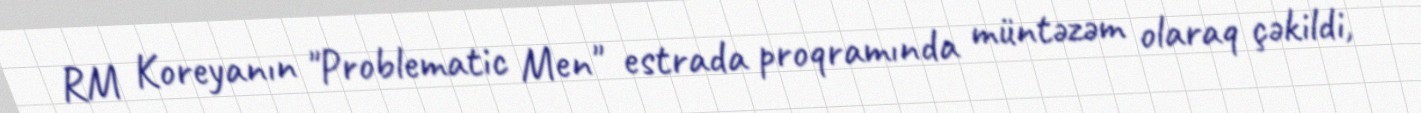
RM Koreyanın "Problematic Men" estrada proqramında müntəzəm olaraq çəkildi,